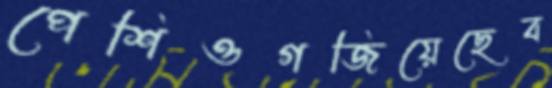
পেশিওগজিয়েছেব